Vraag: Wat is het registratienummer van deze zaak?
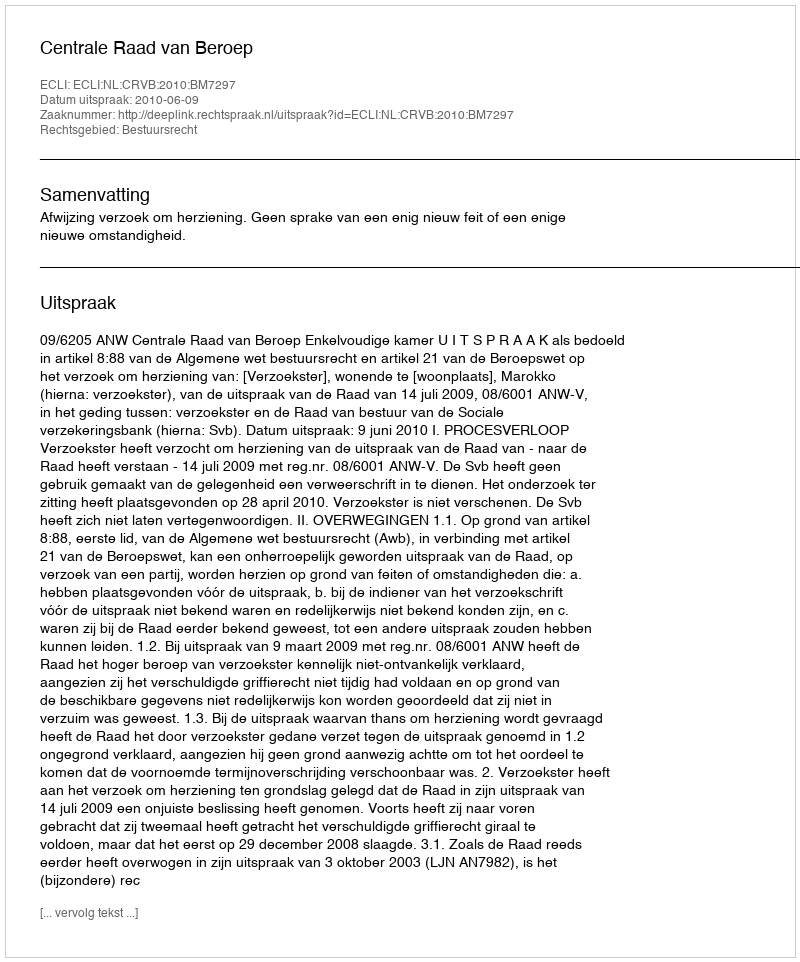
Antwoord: http://deeplink.rechtspraak.nl/uitspraak?id=ECLI:NL:CRVB:2010:BM7297